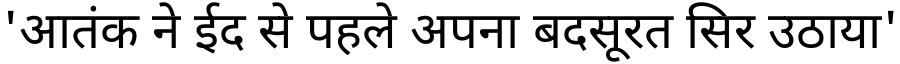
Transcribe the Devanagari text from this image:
'आतंक ने ईद से पहले अपना बदसूरत सिर उठाया'